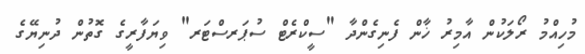
މުހިއްމު ރޯލަކުން އާމިރު ޚާން ފެނިގެންދާ "ސީކްރެޓް ސުޕަރސްޓަރ" ވިޔަފާރީގެ ގޮތުން ދުނިޔޭގެ